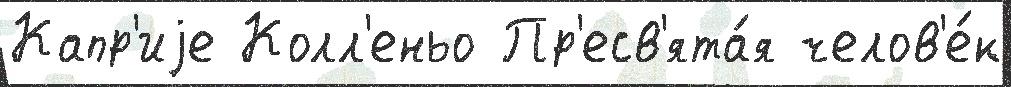
Капр'иjе Колл'еньо Пр'есв'ята́я челов'е́к